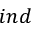
i n d